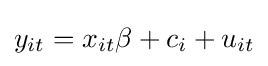
y_{it}=x_{it}\beta +c_{i}+u_{it}